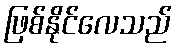
ဖြစ်နိုင်လေသည်